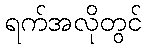
ရက်အလိုတွင်